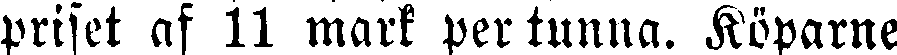
priset af 11 mark per tunna. Köparne